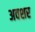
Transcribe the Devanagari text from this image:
अवशर